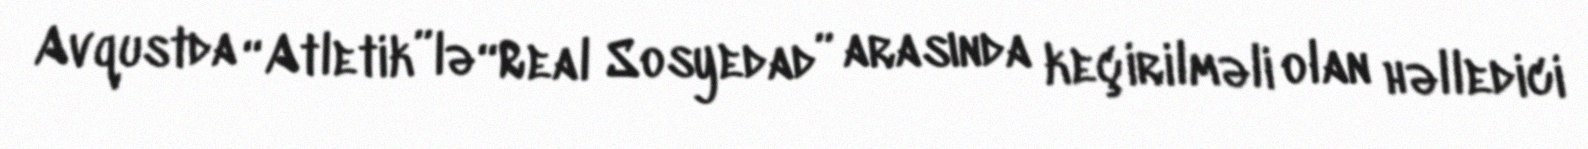
Avqustda “Atletik”lə “Real Sosyedad” arasında keçirilməli olan həlledici